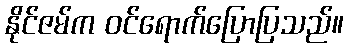
နိုင်ဇမ်က ဝင်ရောက်ပြောပြသည်။